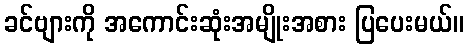
ခင်ဗျားကို အကောင်းဆုံးအမျိုးအစား ပြပေးမယ်။